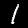
Label: 1